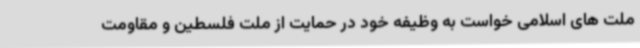
ملت های اسلامی خواست به وظیفه خود در حمایت از ملت فلسطین و مقاومت